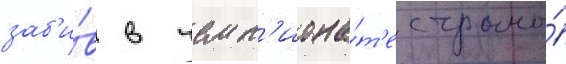
заб'и́в в чемп'иона́т'е страны́